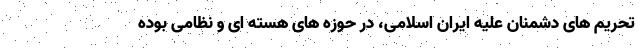
تحریم های دشمنان علیه ایران اسلامی، در حوزه های هسته ای و نظامی بوده